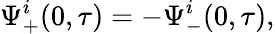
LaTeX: \Psi_{+}^{i}(0,\tau)=-\Psi_{-}^{i}(0,\tau),